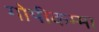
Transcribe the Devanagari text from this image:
गोपीकम्मा